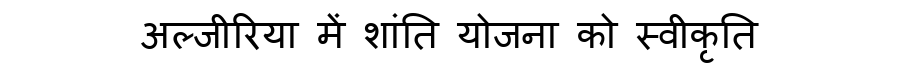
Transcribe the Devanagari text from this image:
अल्जीरिया में शांति योजना को स्वीकृति